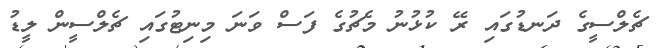
ޗެލްސީގެ ދަނޑުގައި ރޭ ކުޅުނު މެޗުގެ ފަސް ވަނަ މިނިޓުގައި ޗެލްސީން ލީޑު